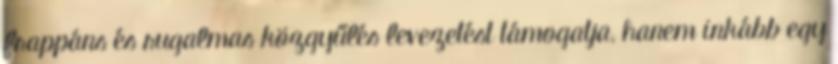
frappáns és rugalmas közgyűlés levezetést támogatja, hanem inkább egy